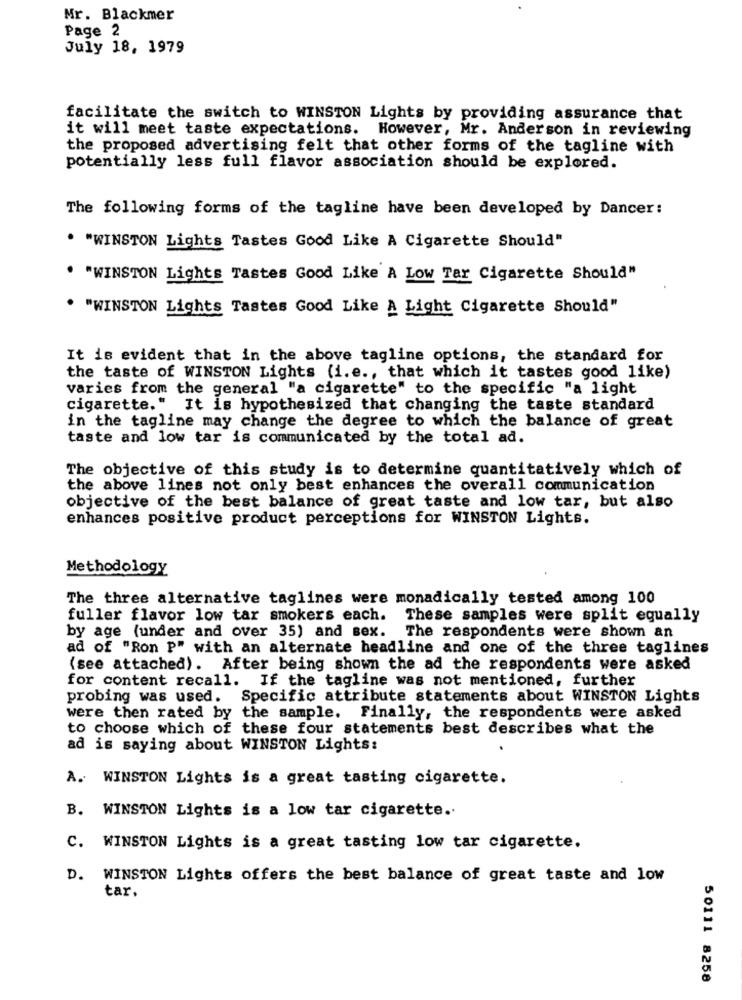
Mr. Blackmer
Page 2
July 18, 1979
facilitate the switch to WINSTON Lights by providing assurance that
it will meet taste expectations. However, Mr. Anderson in reviewing
the proposed advertising felt that other forms of the tagline with
potentially less full flavor association should be explored.
The following forms of the tagline have been developed by Dancer:
. "WINSTON Lights Tastes Good Like A Cigarette Should"
. "WINSTON Lights Tastes Good Like A Low Tar Cigarette Should"
. "WINSTON Lights Tastes Good Like A Light Cigarette Should"
It is evident that in the above tagline options, the standard for
the taste of WINSTON Lights (i.e ., that which it tastes good like)
varies from the general "a cigarette" to the specific "a light
cigarette." It is hypothesized that changing the taste standard
in the tagline may change the degree to which the balance of great
taste and low tar is communicated by the total ad.
The objective of this study is to determine quantitatively which of
the above lines not only best enhances the overall communication
objective of the best balance of great taste and low tar, but also
enhances positive product perceptions for WINSTON Lights.
Methodology
The three alternative taglines were monadically tested among 100
fuller flavor low tar smokers each.
These samples were split equally
by age (under and over 35) and sex.
The respondents were shown an
ad of "Ron P" with an alternate headline and one of the three taglines
(see attached). After being shown the ad the respondents were asked
for content recall. If the tagline was not mentioned, further
probing was used. Specific attribute statements about WINSTON Lights
were then rated by the sample. Finally, the respondents were asked
to choose which of these four statements best describes what the
ad is saying about WINSTON Lights:
A. WINSTON Lights is a great tasting cigarette.
B. WINSTON Lights is a low tar cigarette ..
C. WINSTON Lights is a great tasting low tar cigarette.
D. WINSTON Lights offers the best balance of great taste and low
tar.
50111 8258